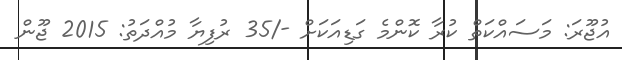
އުޖޫރަ: މަސައްކަތް ކުރާ ކޮންމެ ގަޑިއަކަށް -/35 ރުފިޔާ މުއްދަތު: 2015 ޖޫން